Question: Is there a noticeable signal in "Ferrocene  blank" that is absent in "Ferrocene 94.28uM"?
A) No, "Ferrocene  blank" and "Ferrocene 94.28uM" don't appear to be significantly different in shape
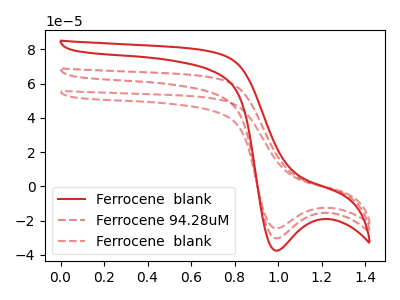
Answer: <think>The red curve "Ferrocene  blank" has a cathodic peak at: (1.00V, -60.85uA). The red dashed curve "Ferrocene 94.28uM" has a cathodic peak at: (1.00V, -30.45uA). The red dashed curve "Ferrocene  blank" has a cathodic peak at: (1.00V, -24.60uA).
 All the peaks in "Ferrocene  blank" have a peak in "Ferrocene 94.28uM" at the same potential. Every peak in "Ferrocene  blank" is lower than every peak in "Ferrocene 94.28uM".</think>
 <answer>A) No, "Ferrocene  blank" and "Ferrocene 94.28uM" don't appear to be significantly different in shape</answer>
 <eval>A</eval>